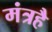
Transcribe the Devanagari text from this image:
मंत्रहै